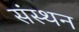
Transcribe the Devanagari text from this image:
संस्थन